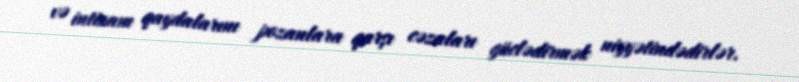
və intizam qaydalarını pozanlara qarşı cəzaları güclədirmək niyyətindədirlər.